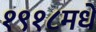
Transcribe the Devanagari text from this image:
१९१८मधे